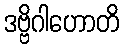
ဒဗ္ဗိဂါဟောတိ